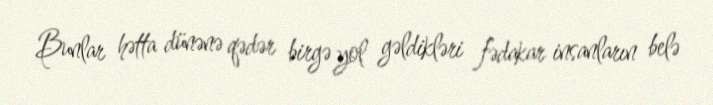
Bunlar hətta dünənə qədər birgə yol gəldikləri fədakar insanların belə